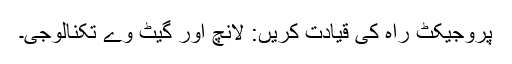
پروجیکٹ راہ کی قیادت کریں: لانچ اور گیٹ وے تکنالوجی۔